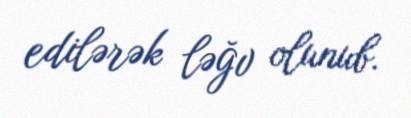
edilərək ləğv olunub.